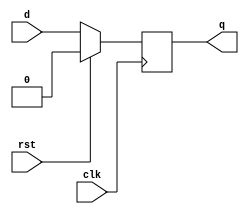
module d_ff(clk,rst,d,q);
  input d;
  input clk,rst;
  output q;
  reg q;
  always@(posedge clk)
  begin
  if(rst==1'b1)
    q<=1'b0;
  else
    q<=d;
  end
endmodule
module sipo(in,clk,rst,q);
  input in, clk, rst;
  output [2:0]q;
  wire ad,bd,cd;
  
  dff f1(.d(in),.q(q[0]),.qb(ad),.clk(clk),.reset(rst));
  dff f2(.d(q[0]),.q(q[1]),.qb(bd),.clk(clk),.reset(rst));
  dff f3(.d(q[1]),.q(q[2]),.qb(cd),.clk(clk),.reset(rst));
  
endmodule